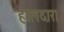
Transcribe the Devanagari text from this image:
हालदार।